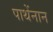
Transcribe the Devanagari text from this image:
पाथेंनान